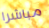
مباشرا